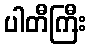
ပါတီကြီး